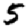
Digit: 5